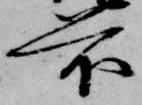
前